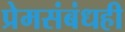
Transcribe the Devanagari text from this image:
प्रेमसंबंधही